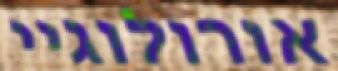
אורולוגיי